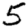
Digit: 5